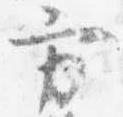
方